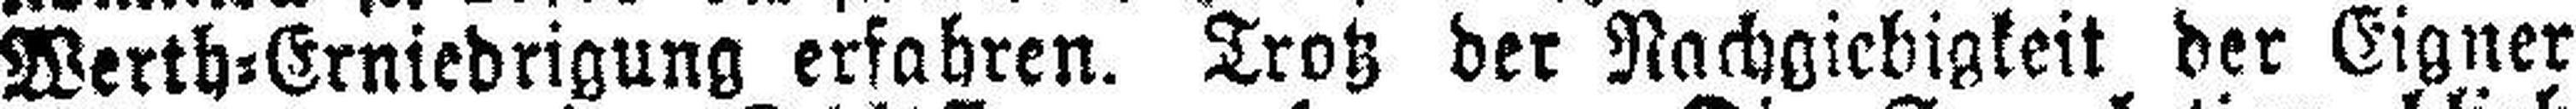
Werth=Erniedrigung erfahren. Trotz der Nachgiebigkeit der Eigner